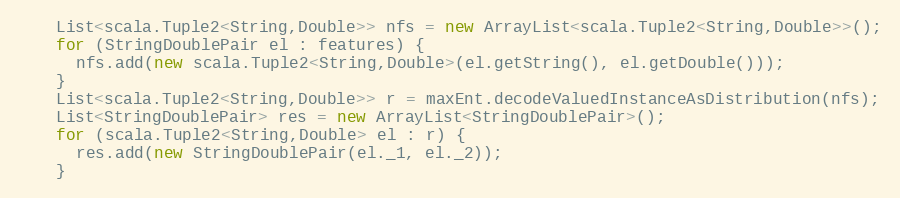
Language: Java
    List<scala.Tuple2<String,Double>> nfs = new ArrayList<scala.Tuple2<String,Double>>();
    for (StringDoublePair el : features) {
      nfs.add(new scala.Tuple2<String,Double>(el.getString(), el.getDouble()));
    }
    List<scala.Tuple2<String,Double>> r = maxEnt.decodeValuedInstanceAsDistribution(nfs);
    List<StringDoublePair> res = new ArrayList<StringDoublePair>();
    for (scala.Tuple2<String,Double> el : r) {
      res.add(new StringDoublePair(el._1, el._2));
    }